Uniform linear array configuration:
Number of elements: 64
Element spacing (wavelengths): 1
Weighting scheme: hamming
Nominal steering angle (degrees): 0
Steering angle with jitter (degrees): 0.3481
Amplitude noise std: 0.05
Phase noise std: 0.05

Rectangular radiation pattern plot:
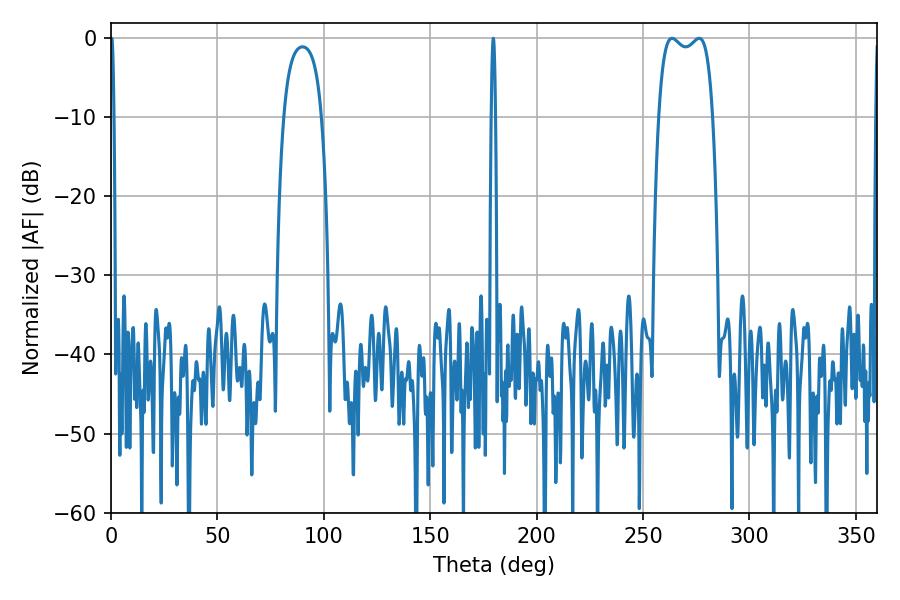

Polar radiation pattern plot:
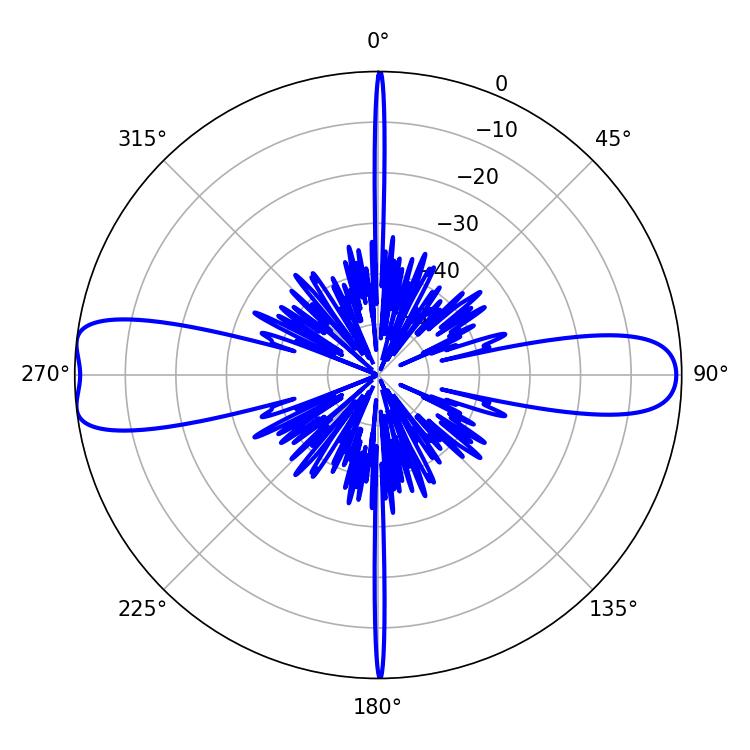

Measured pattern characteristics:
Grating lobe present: TRUE
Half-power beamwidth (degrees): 1.08
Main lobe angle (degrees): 179.64